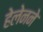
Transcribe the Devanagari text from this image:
हेलेनने